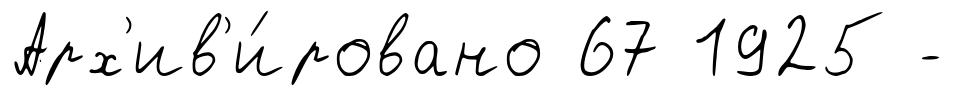
Арх'ив'и́ровано 67 1925 -